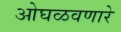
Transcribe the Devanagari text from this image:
ओघळवणारे